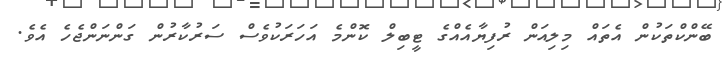
ބޭންކްތަކުން އެތައް މިލިއަން ރުފިޔާއެއްގެ ޓީބިލް ކޮންމެ އަހަރަކުވެސް ސަރުކާރުން ގަންނަންޖެހެ އެވެ.